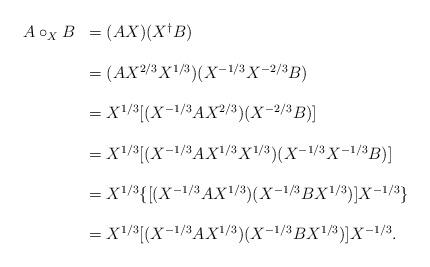
LaTeX: \begin{align*}\begin{array}{rl}A\circ_{X}B & = (AX)(X^{ \dagger }B) \\ \\& = (AX^{2/3}X^{1/3})(X^{-1/3}X^{-2/3}B) \\ \\& = X^{1/3}[(X^{-1/3}AX^{2/3})(X^{-2/3}B)] \\ \\& = X^{1/3}[(X^{-1/3}AX^{1/3}X^{1/3})(X^{-1/3}X^{-1/3}B)] \\ \\& = X^{1/3}\{[(X^{-1/3}AX^{1/3})(X^{-1/3}BX^{1/3})]X^{-1/3}\} \\\\ & = X^{1/3}[(X^{-1/3}AX^{1/3})(X^{-1/3}BX^{1/3})]X^{-1/3}. \\\end{array}\end{align*}